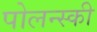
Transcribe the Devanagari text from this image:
पोलन्स्की